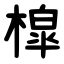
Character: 槹